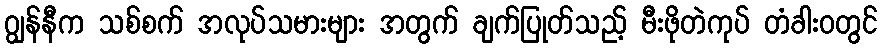
ဂျွန်နီက သစ်စက် အလုပ်သမားများ အတွက် ချက်ပြုတ်သည့် မီးဖိုတဲကုပ် တံခါးဝတွင်